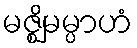
မဇ္ဈိမမ္ပာဟံ